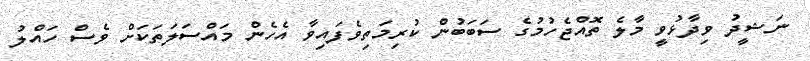
ނަޝީދު ވިދާޅުވީ މާލެ ތޮއްޖެހުމުގެ ސަބަބުން ކުރިމަތިވެފައިވާ އެހެން މައްސަލަތަކަށް ވެސް ހައްލު